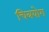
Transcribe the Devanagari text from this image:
चित्रयोग